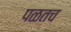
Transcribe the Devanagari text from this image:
पळतच